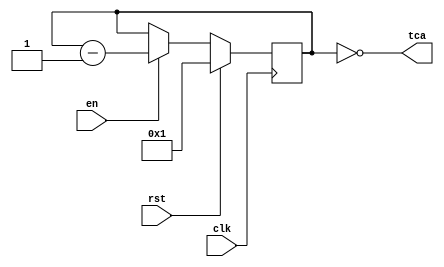
module TimerA(
    input clk,
    input rst,
    input en,
    output tca
);

reg [5:0] count;
wire [5:0] nextCount;

assign nextCount = count-1;


always @(posedge clk) 
    begin
        if(rst) count <= 2'd29;
        else if(en) count <= nextCount;
    end

assign tca =  (count == 0);


endmodule